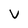
Character: V